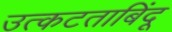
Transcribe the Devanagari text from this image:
उत्कटताबिंदू